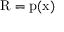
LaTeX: { \mathrm { R } } = { \mathrm { p ( x ) } }